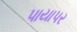
પાયાપર